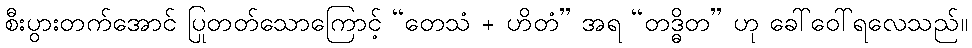
စီးပွားတက်အောင် ပြုတတ်သောကြောင့် “တေသံ + ဟိတံ” အရ “တဒ္ဓိတ” ဟု ခေါ်ဝေါ်ရလေသည်။